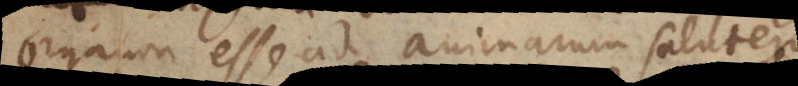
organon esse ad animarum salutem,